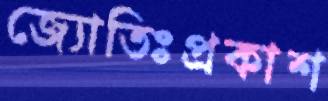
জ্যোতিঃপ্রকাশ